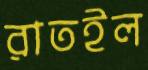
রাতইল